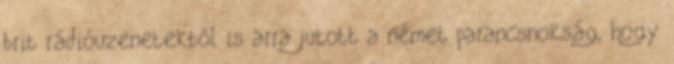
brit rádióüzenetekből is arra jutott a német parancsnokság, hogy